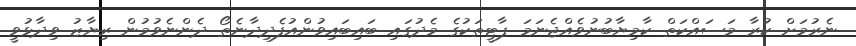
ނެރުމަށް ކުރާ މަސައްކަތް ކާމިޔާބުނުވެއްޖެނަމަ ޕާޓީތަކުގެ މެދުގައި ބައިބައިވުންއުފެދިދާނެތޯ ދެންނެވުމުން ރިޔާޒު ވިދާޅުވީ